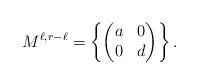
LaTeX: \begin{align*}M^{\ell, r-\ell} = \left\{\begin{pmatrix} a & 0\\0 & d\end{pmatrix}\right\}.\end{align*}